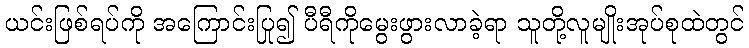
ယင်းဖြစ်ရပ်ကို အကြောင်းပြု၍ ပီရီကိုမွေးဖွားလာခဲ့ရာ သူတို့လူမျိုးအုပ်စုထဲတွင်